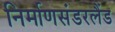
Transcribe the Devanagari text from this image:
निर्माणसंडरलैंड